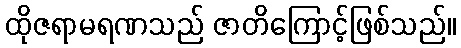
ထိုဇရာမရဏသည် ဇာတိကြောင့်ဖြစ်သည်။